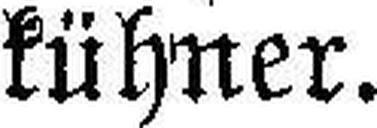
kühner.